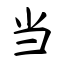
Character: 当